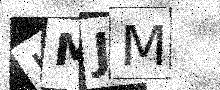
Text: KMJM